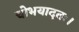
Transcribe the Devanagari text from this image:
चोभयादतः।